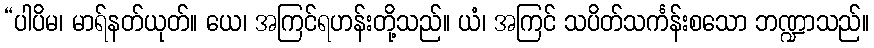
“ပါပိမ၊ မာရ်နတ်ယုတ်။ ယေ၊ အကြင်ရဟန်းတို့သည်။ ယံ၊ အကြင် သပိတ်သင်္ကန်းစသော ဘဏ္ဍာသည်။